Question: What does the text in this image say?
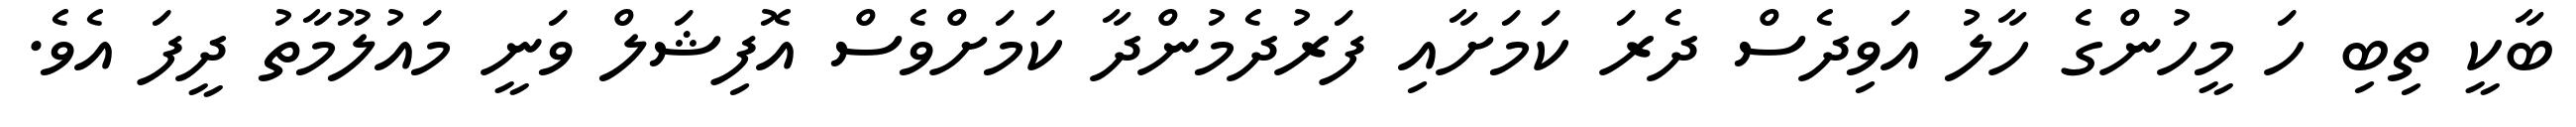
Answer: ބާކީ ތިބި ހަ މީހުންގެ ހާލު އަވިދެސް ދެރަ ކަމަށާއި ފަރުދެމުންދާ ކަމަށްވެސް އޮފިޝަލް ވަނީ މައުލޫމާތު ދީފަ އެވެ.